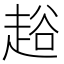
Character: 䞱